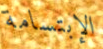
الإبتسامة